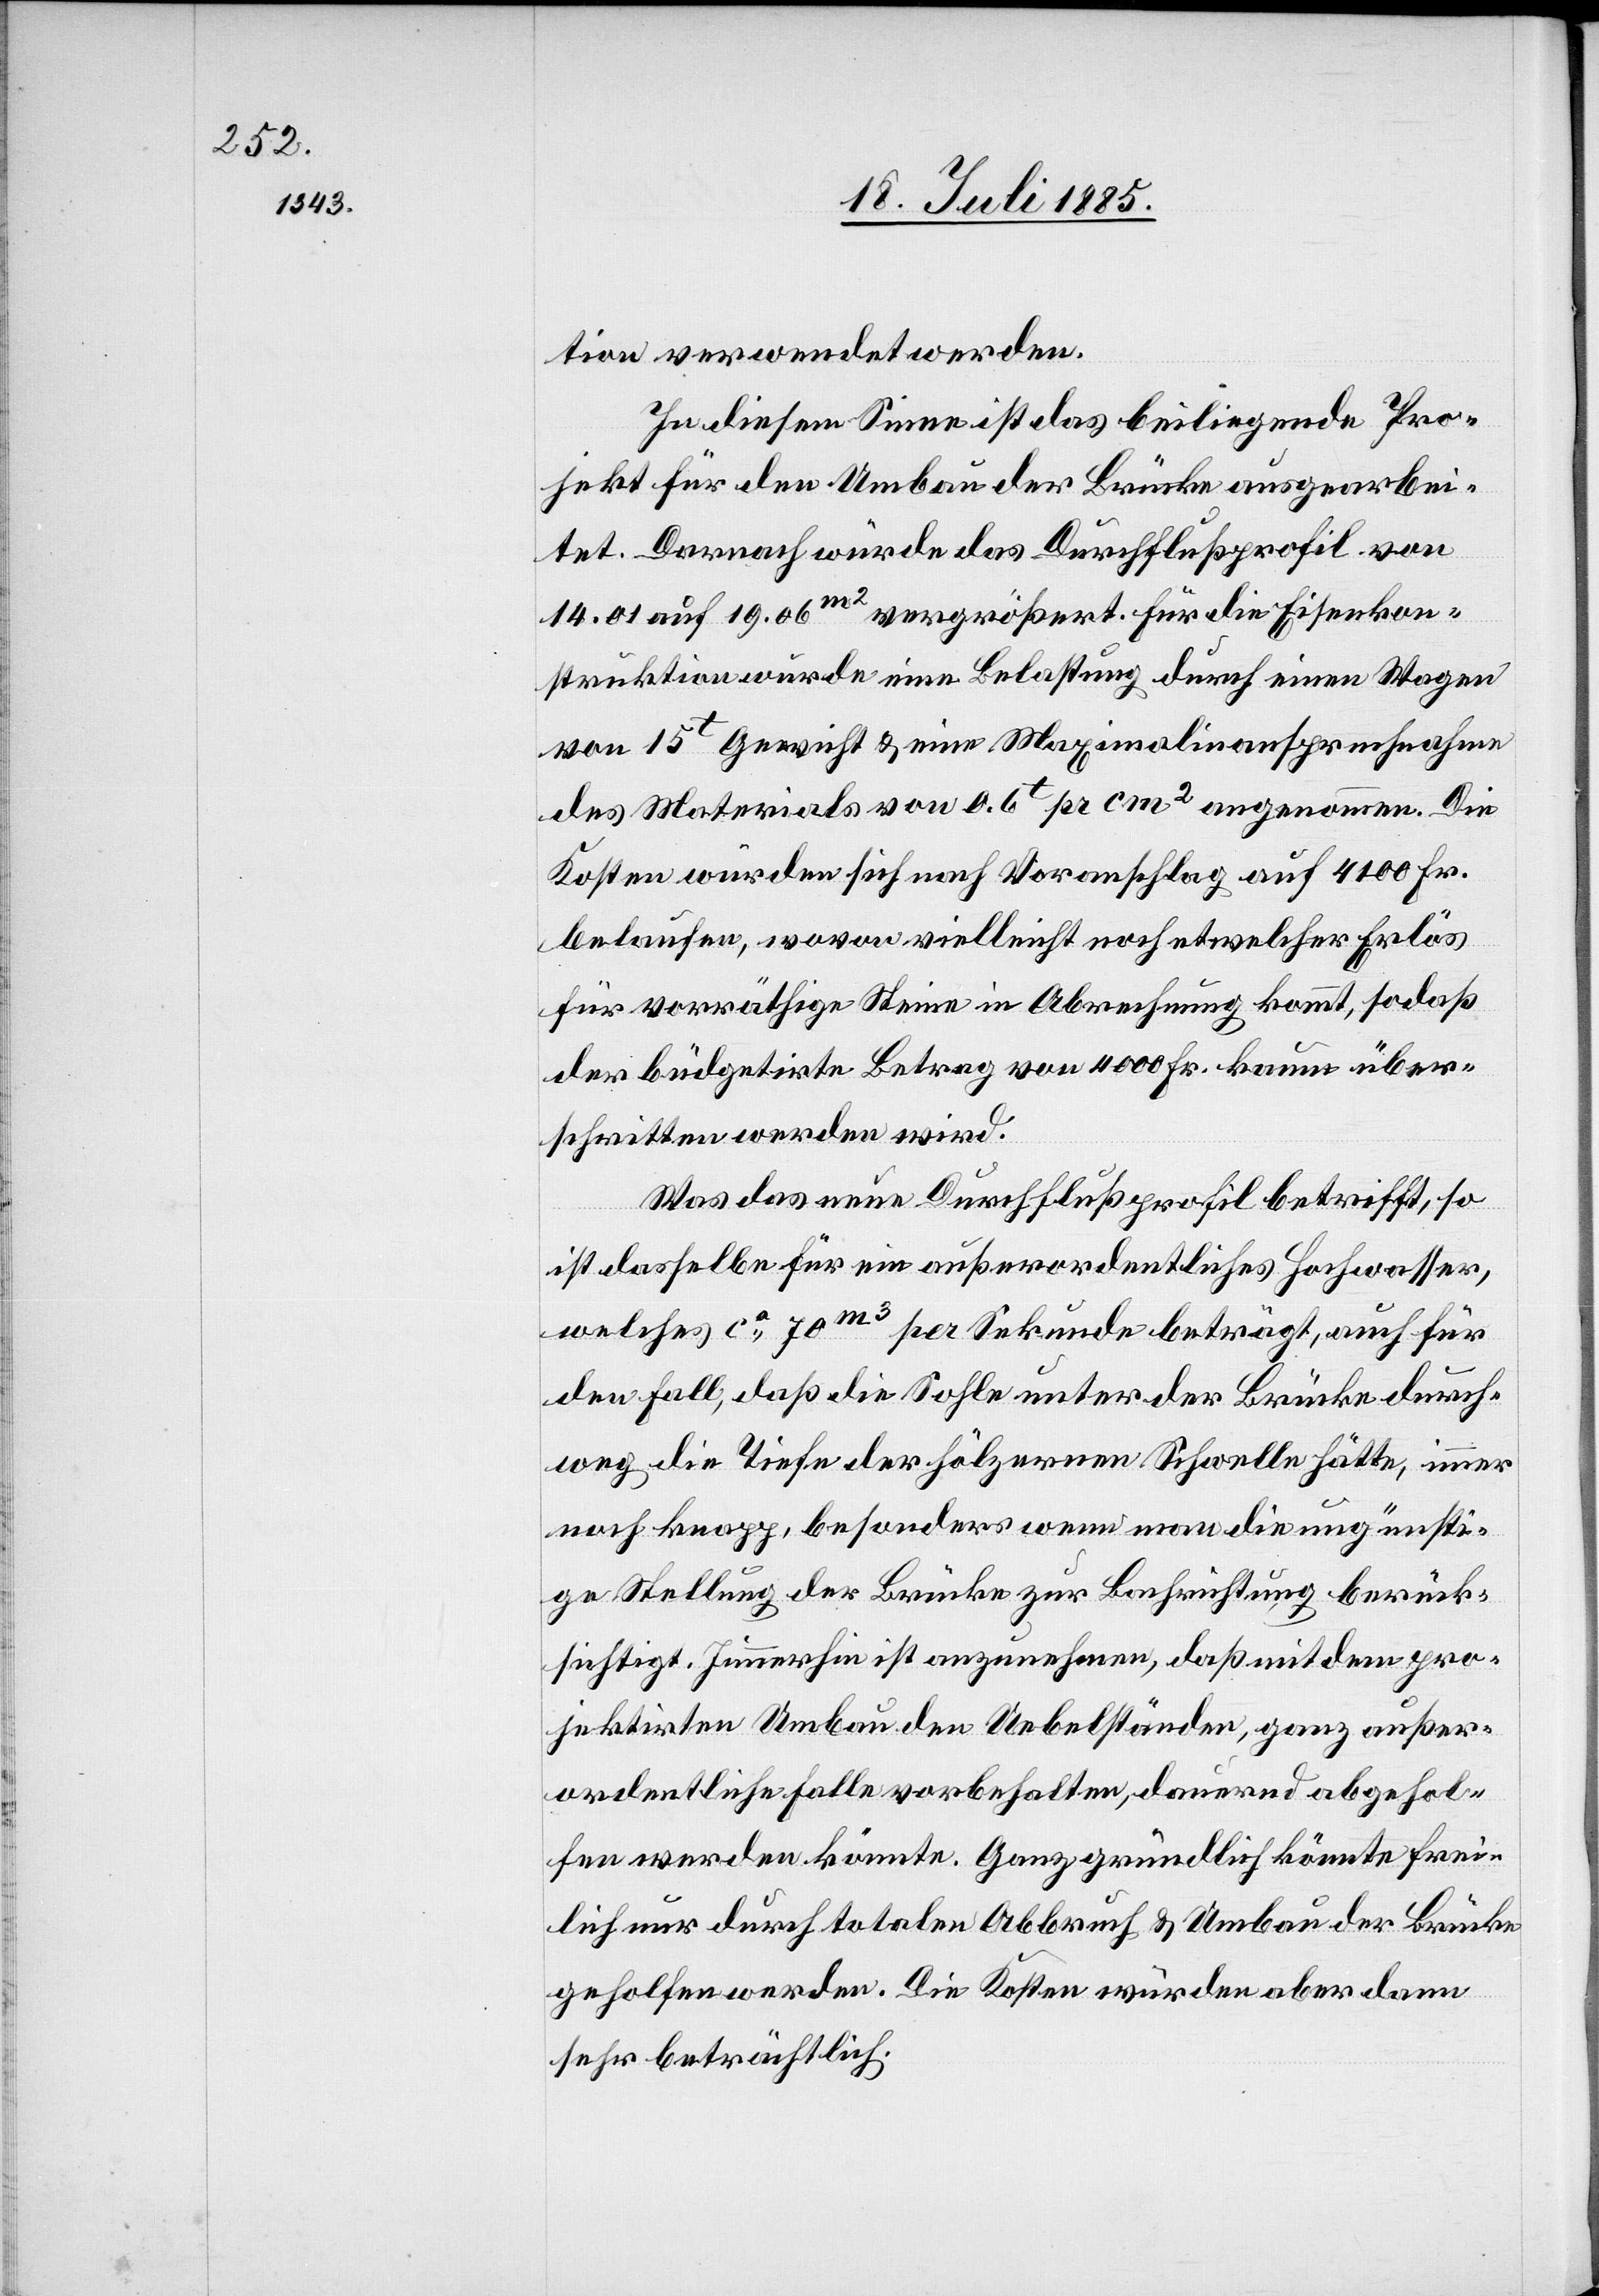
tion verwendet werden.
In diesem Sinne ist das beiliegende Pro¬
jekt für den Umbau der Brücke ausgearbei¬
tet. Darnach würde das Durchflußprofil von
14.01 auf 19.06m2 vergrößert. Für die Eisenkon¬
struktion wurde eine Belastung durch einen Wagen
von 15t Gewicht & eine Maximalinanspruchnahme
des Materials von 0.6t pr cm2 angenommen. Die
Kosten würden sich nach Voranschlag auf 4100 Fr.
belaufen, wovon vielleicht noch etwelcher Erlös
für vorräthige Steine in Abrechnung kommt, sodaß
der büdgetirte Betrag von 4000 Fr. kaum über¬
schritten werden wird.
Was das neue Durchflußprofil betrifft, so
abgehol¬
ist dasselbe für ein außerordentliches Hochwasser,
welches ca 70m3 per Sekunde beträgt, auch für
den Fall, daß die Sohle unter der Brücke durch¬
weg die Tiefe der hölzernen Schwelle hätte, immer
noch knapp, besonders wenn man die ungünsti¬
ge Stellung der Brücke zur Bachrichtung berück¬
sichtigt. Immerhin ist anzunehmen, daß mit dem pro¬
jektirten Umbau den Uebelständen, ganz außer¬
fen werden könnte. Ganz gründlich könnte frei¬
lich nur durch totalen Abbruch & Umbau der Brücke
geholfen werden. Die Kosten würden aber dann
sehr beträchtlich.